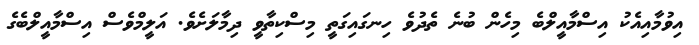
އިވުމާއިއެކު އިސްމާއީލްބެ މިހެން ބުނެ ތެދުވެ ހިނގައިގަތީ މިސްކިތާވީ ދިމާލަށެވެ. އަލީމްވެސް އިސްމާއީލްބެގެ